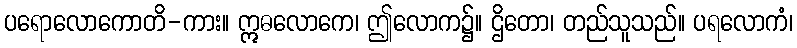
ပရောလောကောတိ-ကား။ ဣဓလောကေ၊ ဤလောက၌။ ဌိတော၊ တည်သူသည်။ ပရလောကံ၊